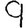
Digit: 9